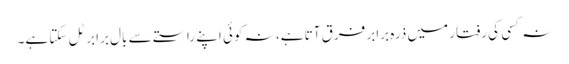
نہ کسی کی رفتار میں ذرہ برابر فرق آتا ہے، نہ کوئی اپنے راستے سے بال برابر ٹل سکتا ہے۔